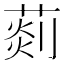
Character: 𦵹